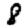
Digit: 8